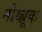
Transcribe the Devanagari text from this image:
नोथ्ब्रूक